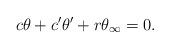
LaTeX: \begin{align*}c\theta + c'\theta' + r\theta_{\infty} = 0.\end{align*}